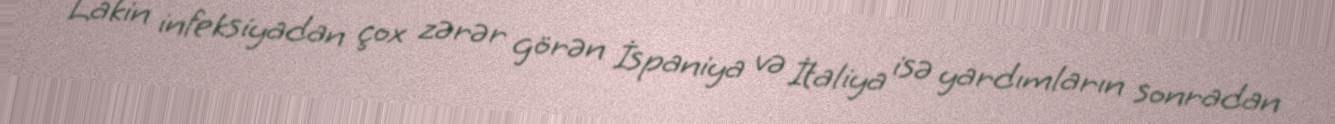
Lakin infeksiyadan çox zərər görən İspaniya və İtaliya isə yardımların sonradan